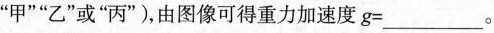
” 甲 ” ” 乙 ” 或 ” 丙 ” )，由图像可得重力加速度 $$g =$$___。